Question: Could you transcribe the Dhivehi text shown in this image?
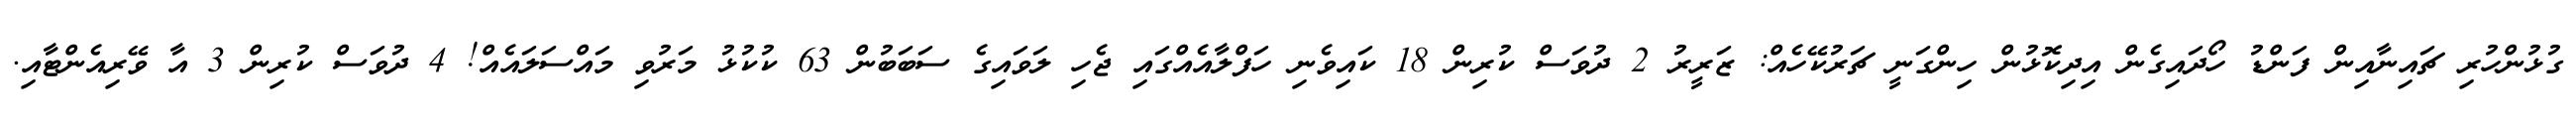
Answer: ގުޅުންހުރި ޗައިނާއިން ފަންޑު ހޯދައިގެން އިދިކޮޅުން ހިންގަނީ ޗަރުކޭހެއް: ޒަރީރު 2 ދުވަސް ކުރިން 18 ކައިވެނި ހަފްލާއެއްގައި ޖެހި ލަވައިގެ ސަބަބުން 63 ކުކުޅު މަރުވި މައްސަލައެއް! 4 ދުވަސް ކުރިން 3 އާ ވޭރިއެންޓާއި.